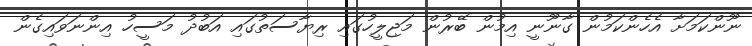
ނޫންކަމަށާ އެހެންކަމުން ގާނޫނީ އިމުން ބޭރުން މަޖިލީހުގައި ރިޔާސަތުގައި އަބުދު މަސީހު އިންނަވައިގެން